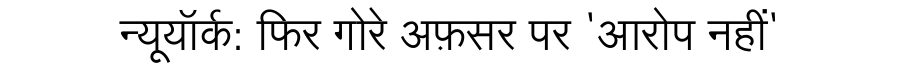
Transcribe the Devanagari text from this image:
न्यूयॉर्क: फिर गोरे अफ़सर पर 'आरोप नहीं'